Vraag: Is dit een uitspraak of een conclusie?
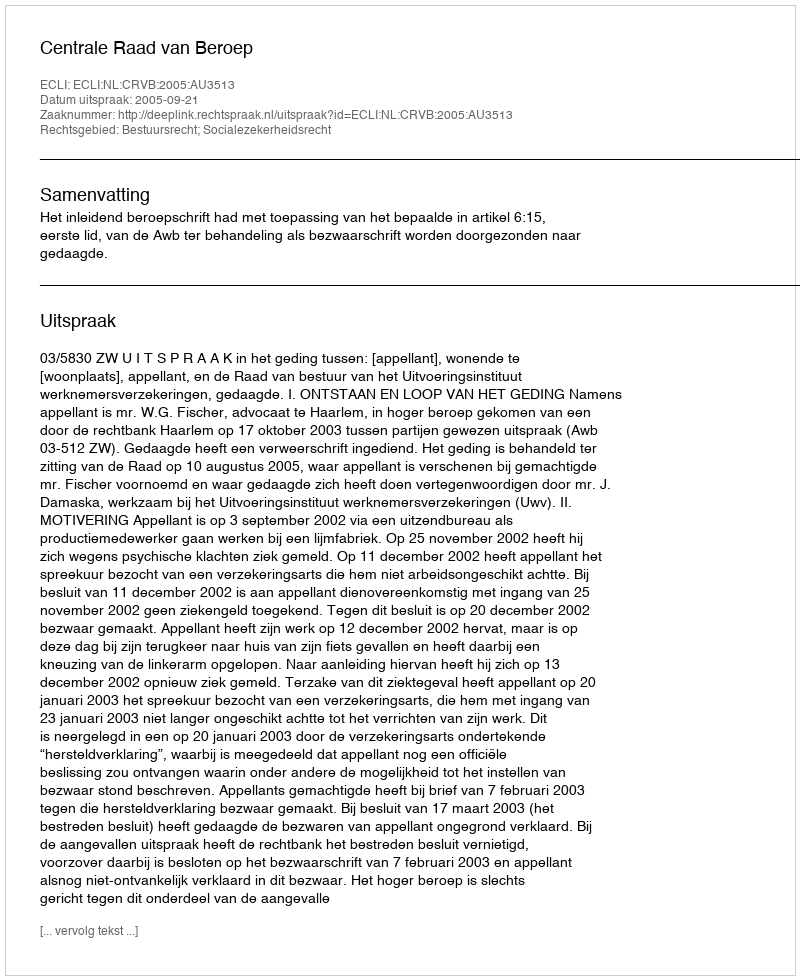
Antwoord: Uitspraak